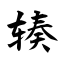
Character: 辏